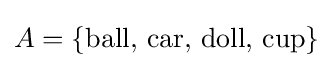
A=\{{\text{ball, car, doll, cup}}\}